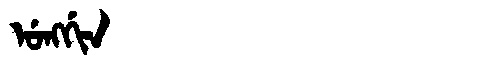
Manchu: ᡠᠩᡤᡳᠨ
Romanization: UNGGIN